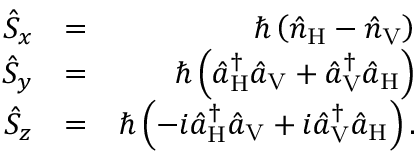
\begin{array} { r l r } { \hat { S } _ { x } } & { = } & { \hbar \left( \hat { n } _ { \mathrm { H } } - \hat { n } _ { \mathrm { V } } \right) } \\ { \hat { S } _ { y } } & { = } & { \hbar \left( \hat { a } _ { \mathrm { H } } ^ { \dagger } \hat { a } _ { \mathrm { V } } + \hat { a } _ { \mathrm { V } } ^ { \dagger } \hat { a } _ { \mathrm { H } } \right) } \\ { \hat { S } _ { z } } & { = } & { \hbar \left( - i \hat { a } _ { \mathrm { H } } ^ { \dagger } \hat { a } _ { \mathrm { V } } + i \hat { a } _ { \mathrm { V } } ^ { \dagger } \hat { a } _ { \mathrm { H } } \right) . } \end{array}